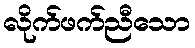
လိုက်ဖက်ညီသော